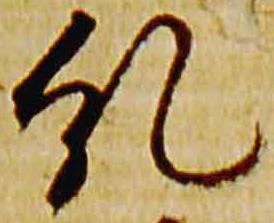
糺